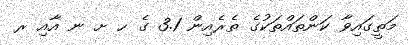
މަތީގައިވާ ކަންތައްތަކުގެ ތެރެއިން 3.1 ގެ ހ ށ ނ އާއި ރ